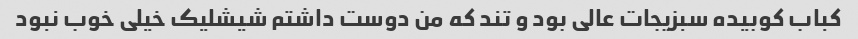
کباب کوبیده سبزیجات عالی بود و تند که من دوست داشتم شیشلیک خیلی خوب نبود